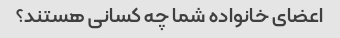
اعضای خانواده شما چه کسانی هستند؟